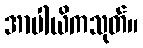
အာပါယိကသုတ်။